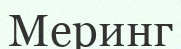
Меринг